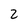
Character: 2